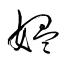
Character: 媼